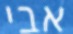
אבי